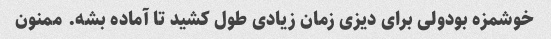
خوشمزه بودولی برای دیزی زمان زیادی طول کشید تا آماده بشه. ممنون